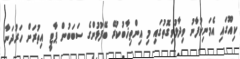
ކިއޫގައި އެމަނިކުފާނު ވިދާޅުވިގޮތުގައި މި އިންތިޚާބުކުރޭ ބޭފުޅުންގެ ސަބަބުން ޕާޓީ އިތުރަށް ހަރުދަނާ